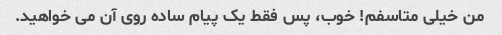
من خیلی متاسفم! خوب، پس فقط یک پیام ساده روی آن می خواهید.